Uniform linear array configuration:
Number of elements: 4
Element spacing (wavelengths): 0.75
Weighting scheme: hamming
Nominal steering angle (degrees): -45
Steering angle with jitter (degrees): -43.13
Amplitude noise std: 0.05
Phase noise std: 0.05

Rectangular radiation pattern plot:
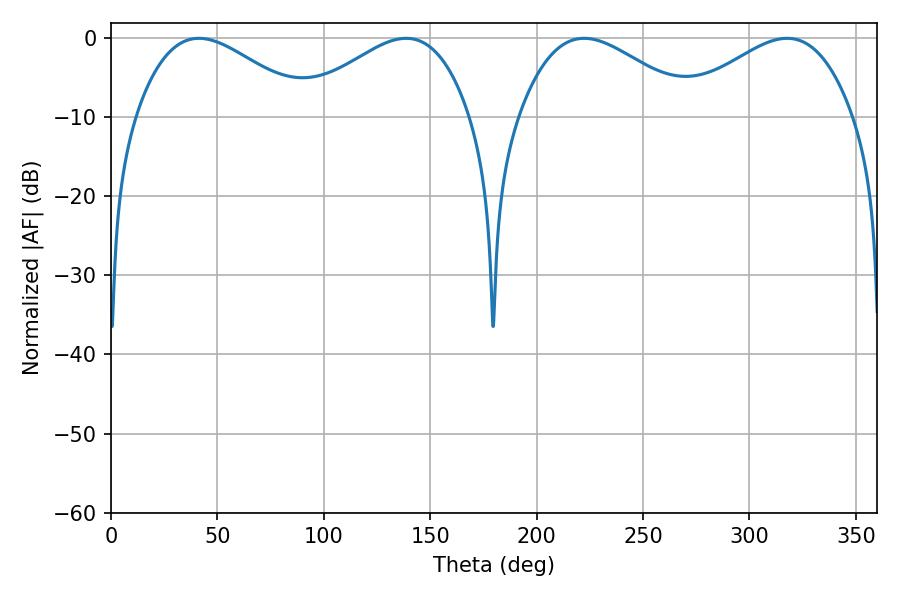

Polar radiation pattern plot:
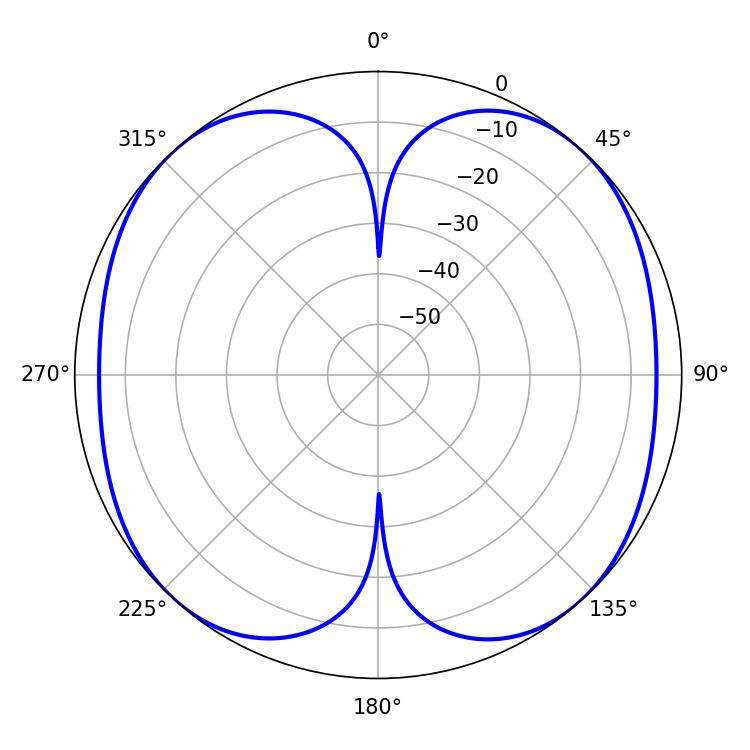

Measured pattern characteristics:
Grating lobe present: TRUE
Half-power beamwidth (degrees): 44.82
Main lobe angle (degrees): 222.3